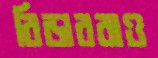
রিডাররাও